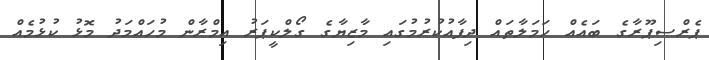
ޕެރްސިޕޫރާގެ ބައެއް ހަމަލާތައް ދިފާއުކުރުމުގައި މާޒިޔާގެ ގޯލްކީޕަރު އިމްރާން މުހައްމަދު މޮޅު ކުޅުމެއް